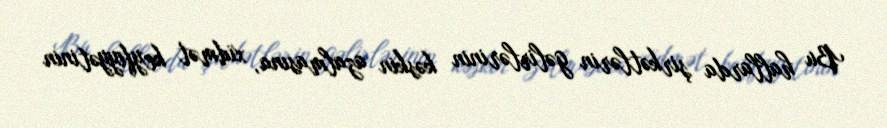
Bu hallarda şirkətlərin gəlirlərinin kəskin azalmasına, xidmət keyfiyyətinin